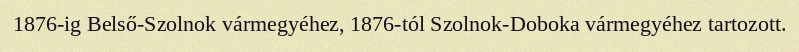
1876-ig Belső-Szolnok vármegyéhez, 1876-tól Szolnok-Doboka vármegyéhez tartozott.